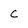
Character: c